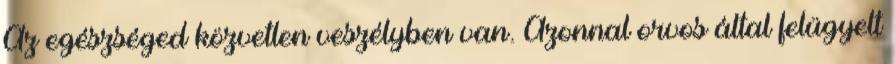
Az egészséged közvetlen veszélyben van. Azonnal orvos által felügyelt